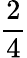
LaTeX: \frac{2}{4}